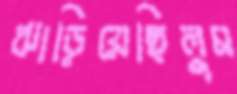
ঝাড়িয়েছিলুম